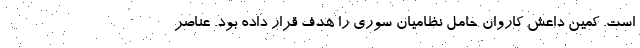
است. کمین داعش کاروان حامل نظامیان سوری را هدف قرار داده بود. عناصر